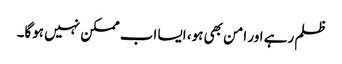
ظلم رہے اور امن بھی ہو، ایسا اب ممکن نہیں ہوگا۔